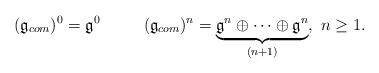
LaTeX: \begin{align*}(\mathfrak{g}_{com})^0 = \mathfrak{g}^0 ~~~~ ~~~~ (\mathfrak{g}_{com})^n = \underbrace{\mathfrak{g}^n \oplus \cdots \oplus \mathfrak{g}^n}_{(n+1) }, ~ n \geq 1.\end{align*}